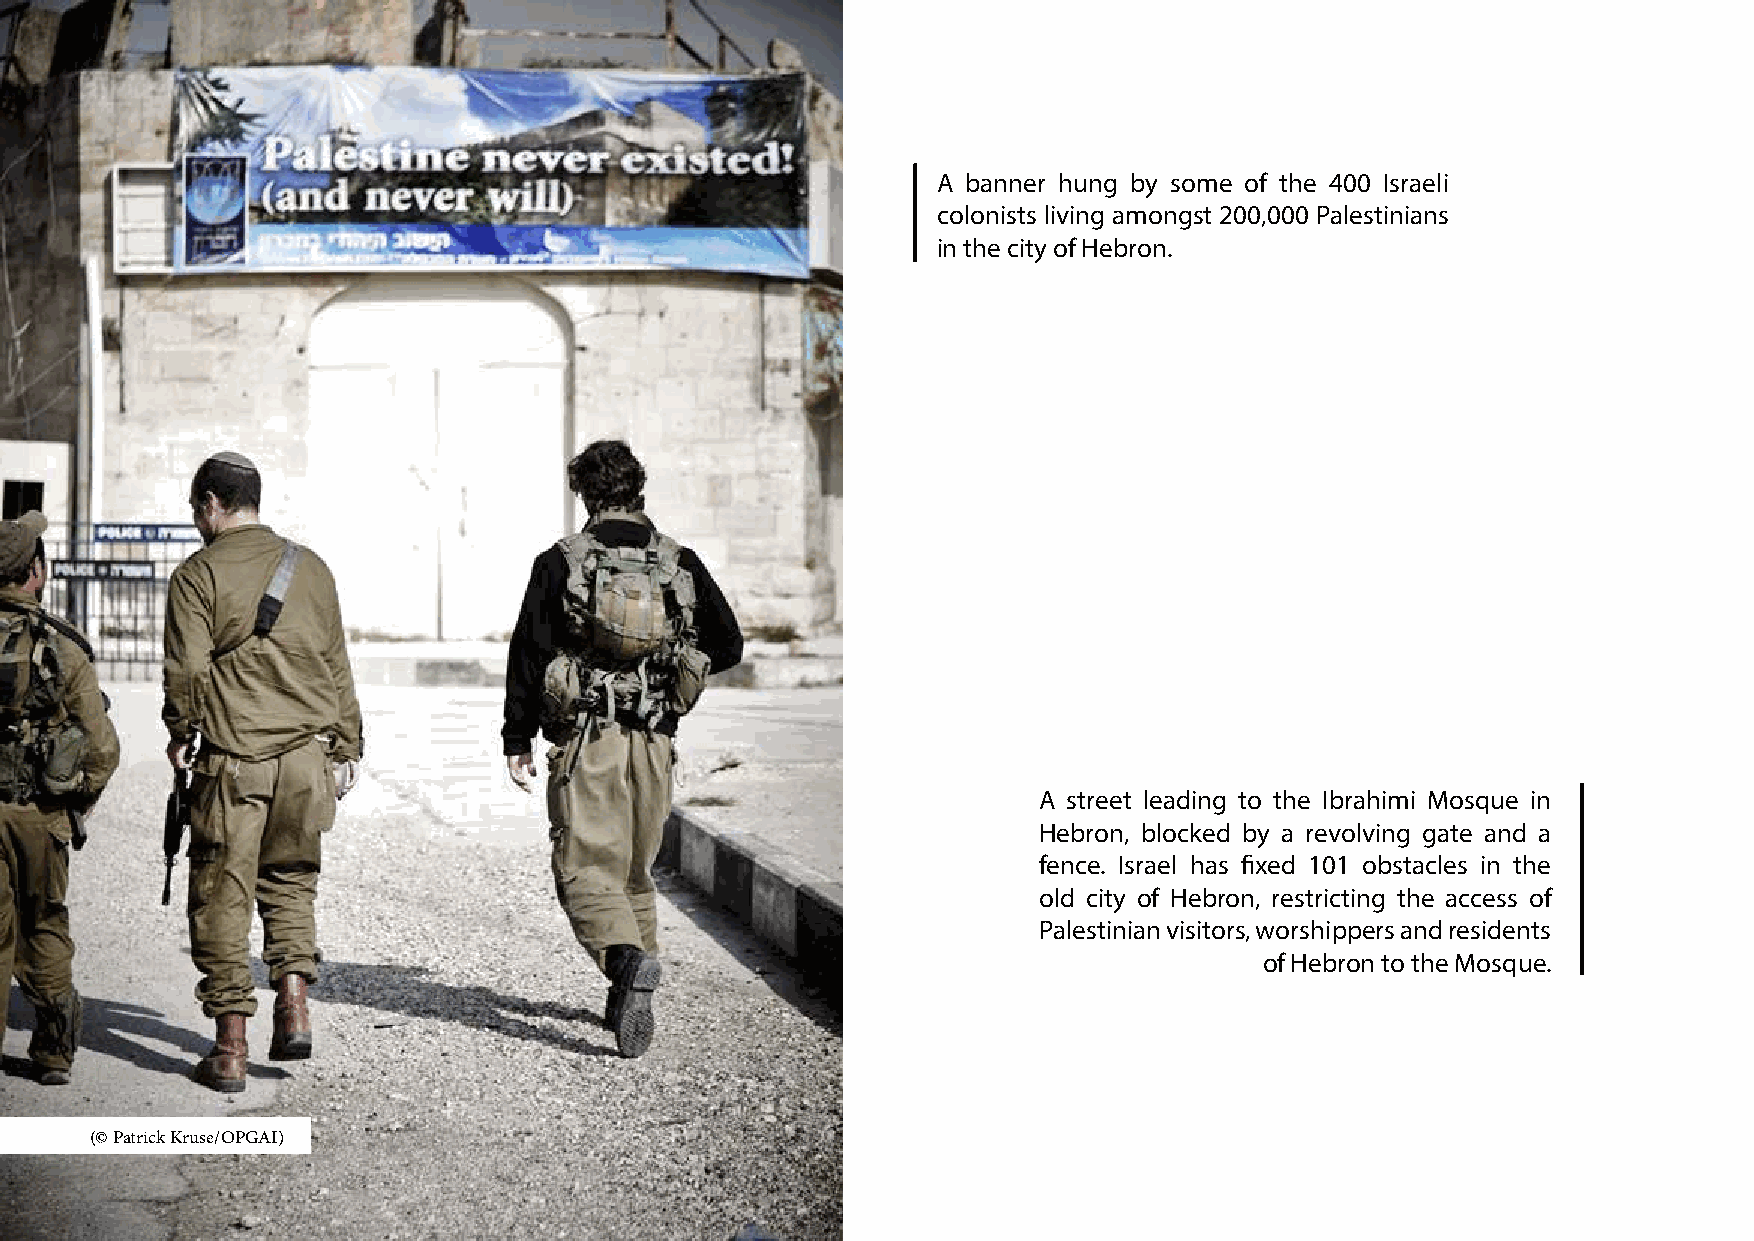
A banner hung by some of the 400 Israeli
 colonists living amongst 200,000 Palestinians
 in the city of Hebron.
 A street leading to the Ibrahimi Mosque in
 Hebron, blocked by a revolving gate and a
 fence. Israel has fixed 101 obstacles in the
 old city of Hebron, restricting the access of
 Palestinian visitors, worshippers and residents
 of Hebron to the Mosque.
 (© Patrick Kruse/OPGAI)
 16